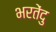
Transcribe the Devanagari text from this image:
भरतेंदु